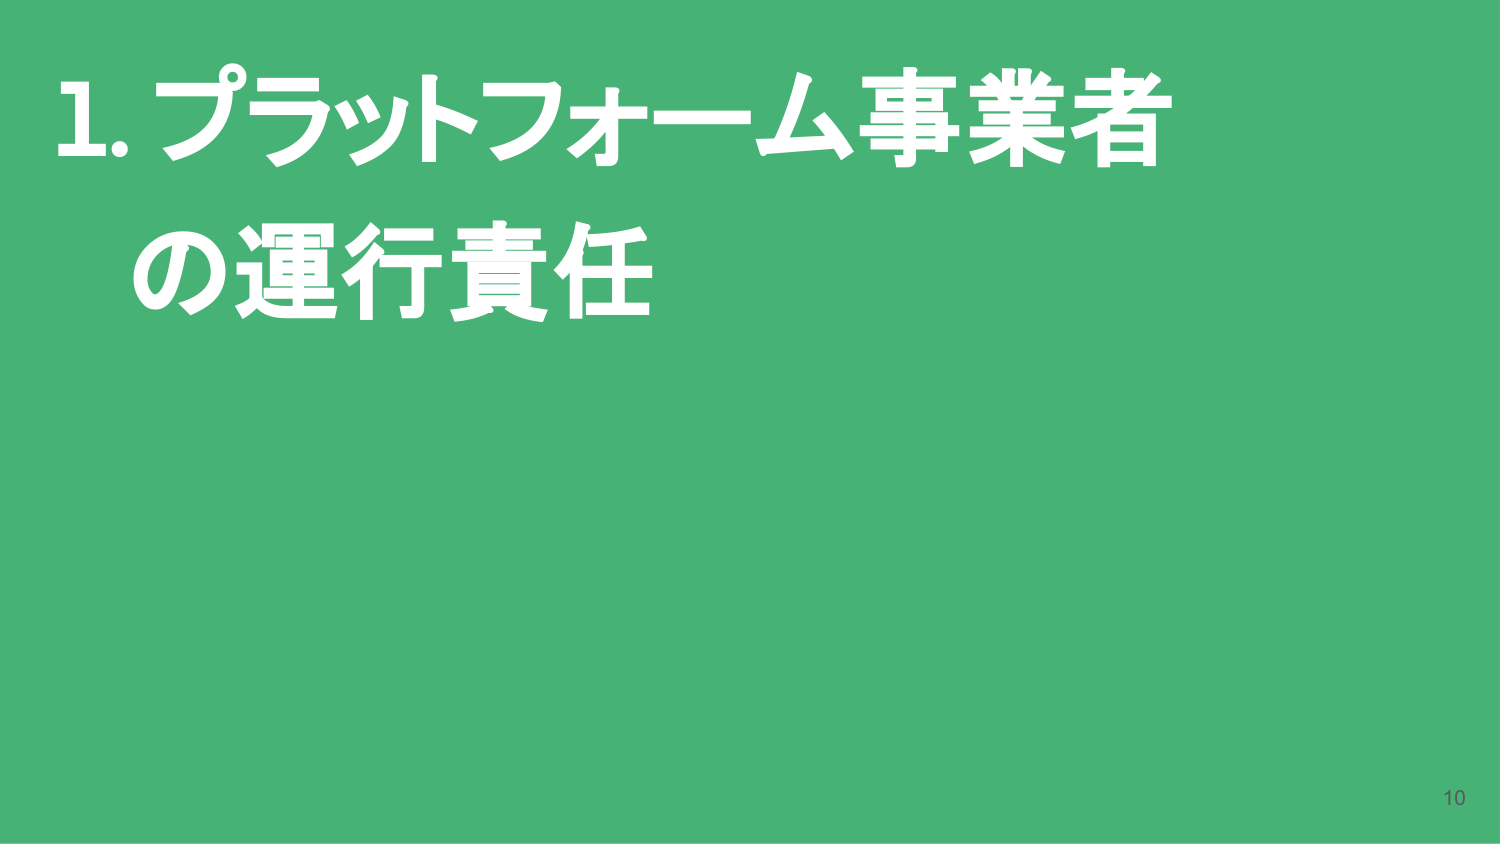
1. プラットフォーム事業者
の運行責任

10